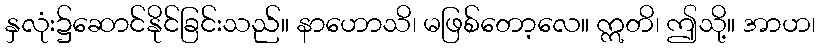
နှလုံး၌ဆောင်နိုင်ခြင်းသည်။ နာဟောသိ၊ မဖြစ်တော့လေ။ ဣတိ၊ ဤသို့။ အာဟ၊